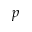
p